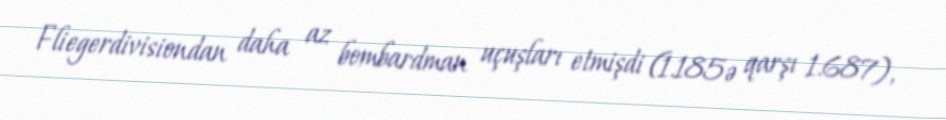
Fliegerdivisiondan daha az bombardman uçuşları etmişdi (1.185ə qarşı 1.687),